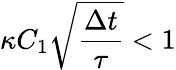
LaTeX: \kappa C_{1}\sqrt{\frac{\Delta t}{\tau}}<1